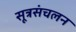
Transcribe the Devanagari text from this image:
सूत्रसंचलन